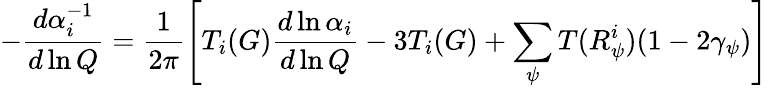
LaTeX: -\frac{d\alpha_{i}^{-1}}{d\ln Q}=\frac{1}{2\pi}\left[T_{i}(G)\frac{d\ln\alpha_{i}}{d\ln Q}-3T_{i}(G)+\sum_{\psi}T(R_{\psi}^{i})(1-2\gamma_{\psi})\right]